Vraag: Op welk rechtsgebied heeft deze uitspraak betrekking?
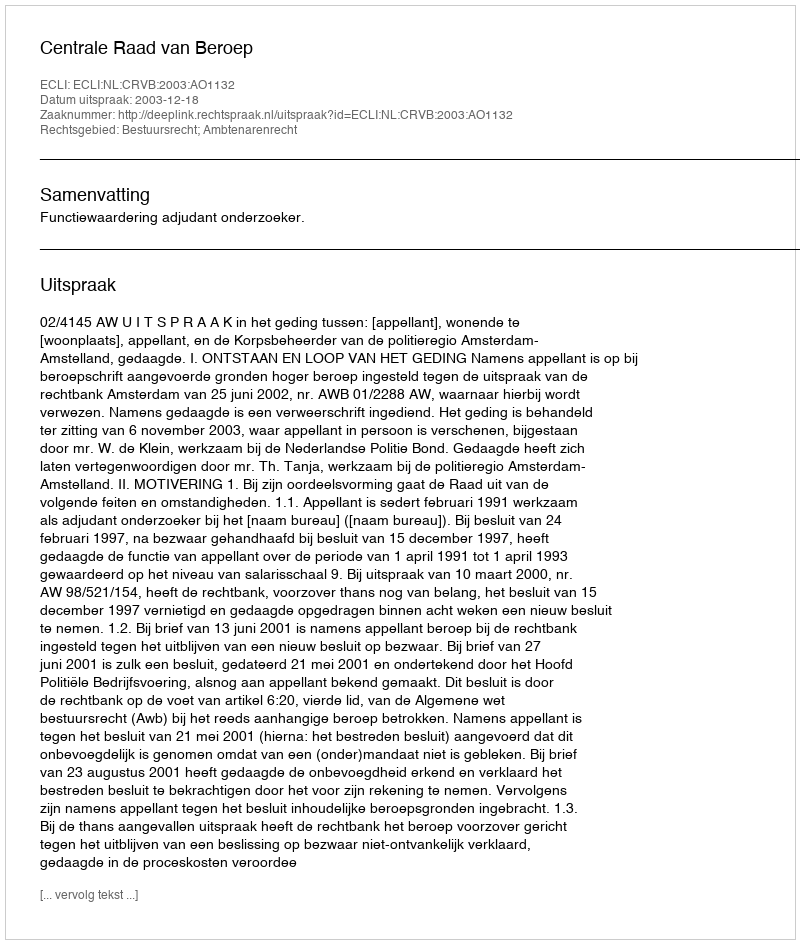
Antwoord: Bestuursrecht; Ambtenarenrecht